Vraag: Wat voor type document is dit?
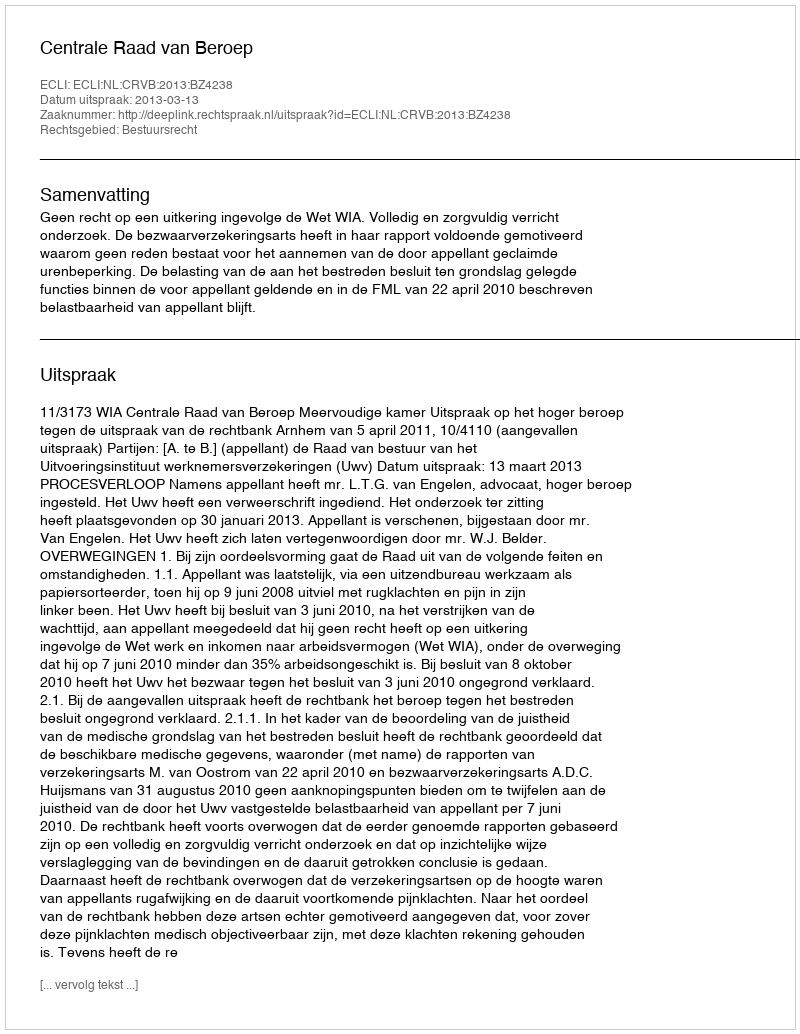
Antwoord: Uitspraak